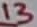
Text: 13